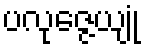
ပလုဇ္ဇေယျုံ